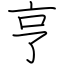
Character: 亨